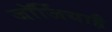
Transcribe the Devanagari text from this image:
जॉर्जियाहै